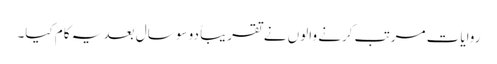
روایات مرتب کرنے والوں نے تقریباً دو سو سال بعد یہ کام کیا۔